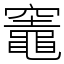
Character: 竈